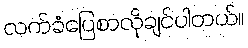
လက်ခံပြေစာလိုချင်ပါတယ်။